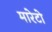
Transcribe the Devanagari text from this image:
मारेटो